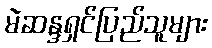
မဲဆန္ဒရှင်ပြည်သူများ